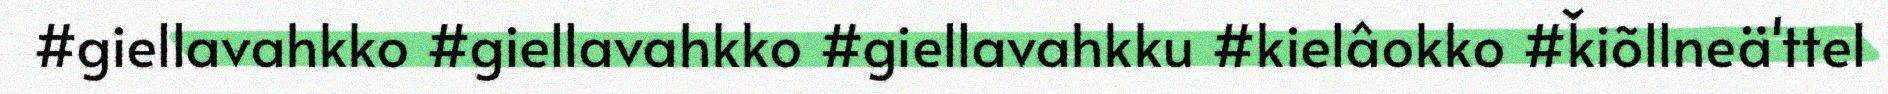
#giellavahkko #giellavahkko #giellavahkku #kielâokko #ǩiõllneä'ttel